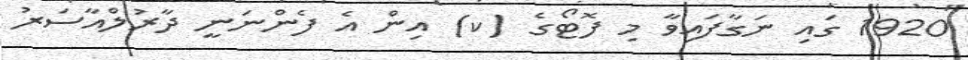
1920 ގައި ނަގާފައިވާ މި ފޮޓޯގެ (ކ) އިން އެ ފެންނަނީ ދާރުލްއާސަރު